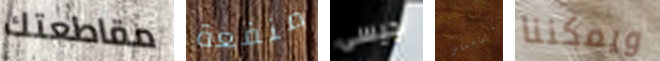
مقاطعتك منفعة جيسى الكريسماس ويمكننا